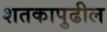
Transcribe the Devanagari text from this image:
शतकापुढील